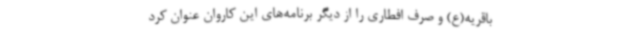
باقریه(ع) و صرف افطاری را از دیگر برنامه‌های این کاروان عنوان کرد